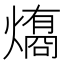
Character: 𤐟